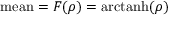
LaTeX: { \mathrm { m e a n } } = F ( \rho ) = \operatorname { a r c t a n h } ( \rho )